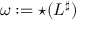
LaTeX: \omega : = { \star } ( L ^ { \sharp } )